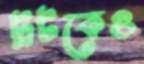
ট্রটকেও